Civil Veterinary Department. Madras. Admin. report 1926-33 - 1926-1933
Year: 1926
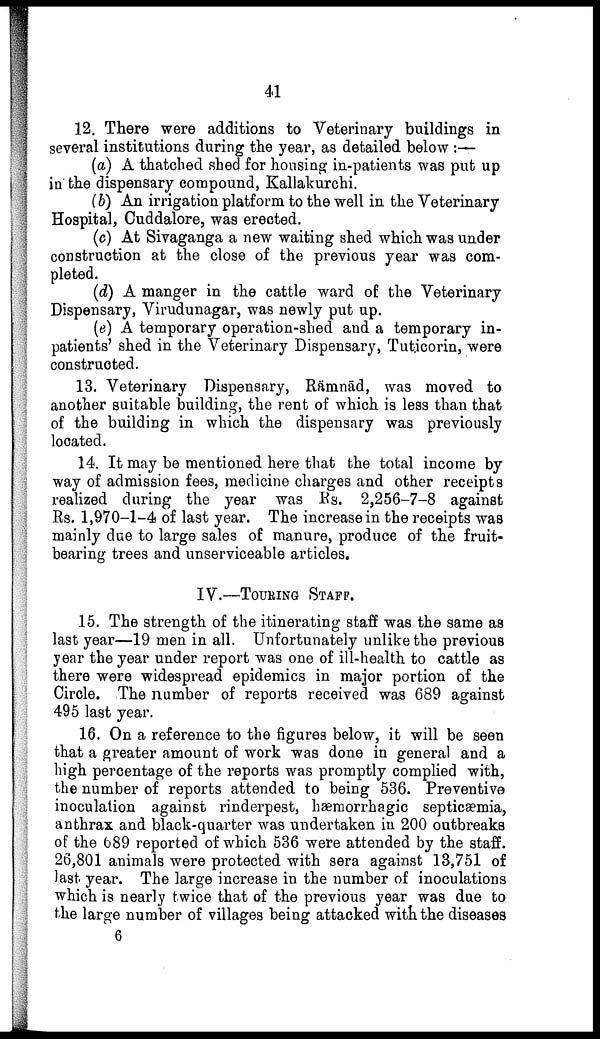
41
12. There were additions to Veterinary buildings in
several institutions during the year, as detailed below:—
(a) A thatched shed for housing in-patients was put up
in the dispensary compound, Kallakurchi.
(b) An irrigation platform to the well in the Veterinary
Hospital, Cuddalore, was erected.
(c) At Sivaganga a new waiting shed which was under
construction at the close of the previous year was com
pleted.
(d) A manger in the cattle ward of the Veterinary
Dispensary, Virudunagar, was newly put up.
(e) A temporary operation-shed and a temporary in
patients' shed in the Veterinary Dispensary, Tuticorin, were
constructed.
13. Veterinary Dispensary, Rämnād, was moved to
another suitable building, the rent of which is less than that
of the building in which the dispensary was previously
located.
14. It may be mentioned here that the total income by
way of admission fees, medicine charges and other receipts
realized during the year was Rs. 2,256-7-8 against
Rs. 1,970-1-4 of last year. The increase in the receipts was
mainly due to large sales of manure, produce of the fruit-
bearing trees and unserviceable articles.
IV.—TOURING STAFF.
15. The strength of the itinerating staff was the same as
last year—19 men in all. Unfortunately unlike the previous
year the year under report was one of ill-health to cattle as
there were widespread epidemics in major portion of the
Circle. The number of reports received was 689 against
495 last year.
16. On a reference to the figures below, it will be seen
that a greater amount of work was done in general and a
high percentage of the reports was promptly complied with,
the number of reports attended to being 536. Preventive
inoculation against rinderpest, hæmorrhagic septicaemia,
anthrax and black-quarter was undertaken in 200 outbreaks
of the 689 reported of which 536 were attended by the staff.
26,801 animals were protected with sera against 13,751 of
last year. The large increase in the number of inoculations
which is nearly twice that of the previous year was due to
the large number of villages being attacked with the diseases
6